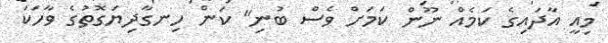
މިއީ އާދައިގެ ކަމެއް ނޫން ކަމަށް ވެސް ބުނި" ކަން ހިނގާދިޔަގޮތުގެ ވާހަކަ